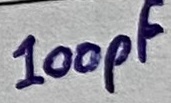
Text: 100pF